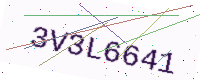
Text: 3V3L6641